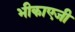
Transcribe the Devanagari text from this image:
भीकाएजी